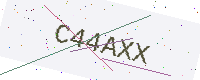
Text: C44AXX